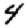
Digit: 4